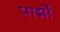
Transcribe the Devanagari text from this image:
पाद्मों